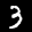
Label: 3